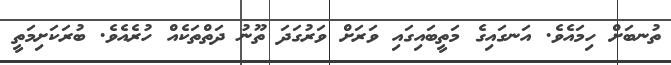
ތުނބަށް ހިމައެވެ. އަނގައިގެ މަތީބައިގައި ވަރަށް ވަރުގަދަ ތޫނު ދަތްތަކެއް ހުރެއެވެ. ބުރަކަށިމަތީ